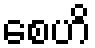
စေဟိ